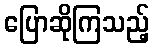
ပြောဆိုကြသည့်